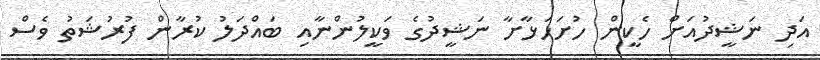
އަދި ނަޝީދުއަށް ހެކީން ހުށަހަޅާށާ ނަޝީދުގެ ވަކީލުންނާއި ބައްދަލު ކުރާން ފުރުޝަތު ވެސް